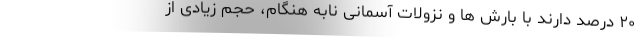
۲۰ درصد دارند با بارش ها و نزولات آسمانی نابه هنگام، حجم زیادی از